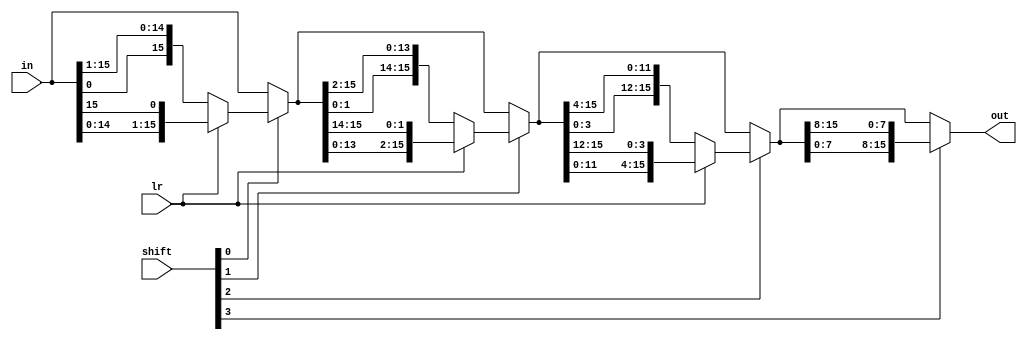
module Rotator16_LR(out, shift, lr, in);
	input [3:0] shift; // rotate bit   (4bit: 1~16bit shift)
	input lr; // left  right shift   (1: left, 0: right) 
	input [15:0] in; // 16bit 
	output [15:0] out; // 16bit rotate 
	
	wire [15:0] ta; // 1bit rotate 
	wire [15:0] tb; // 2bit rotate 
	wire [15:0] tc; // 3bit rotate 
	wire [15:0] td; // 4bit rotate  

	// left or right rotate
	assign ta = shift[0] ? (lr ? {in[14:0], in[15]} : {in[0], in[15:1]}) : in; // <<1, >>1
	assign tb = shift[1] ? (lr ? {ta[13:0], ta[15:14]} : {ta[1:0], ta[15:2]}) : ta; // <<2, >>2
	assign tc = shift[2] ? (lr ? {tb[11:0], tb[15:12]} : {tb[3:0], tb[15:4]}) : tb; // <<4, >>4
	assign td = shift[3] ? (lr ? {tc[7:0], tc[15:8]} : {tc[7:0], tc[15:8]}) : tc; // <<8, >>8
	assign out = td;
endmodule